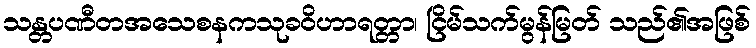
သန္တပဏီတအသေစနကသုခဝိဟာရတ္တာ၊ ငြိမ်သက်မွန်မြတ် သည်၏အဖြစ်